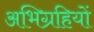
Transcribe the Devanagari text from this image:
अभिग्रहियों